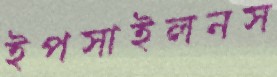
ইপসাইলনস